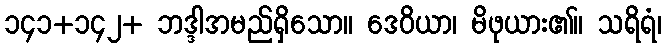
၁၄၁+၁၄၂+ ဘဒ္ဒါအမည်ရှိသော။ ဒေဝိယာ၊ မိဖုယား၏။ သရိရံ၊